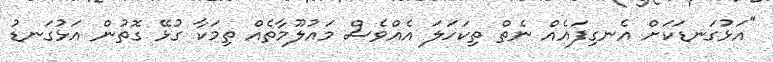
"އަޅުގަނޑަކަށް އެނގިފައެއް ނެތް ތިކަހަލަ އެއްވެސް މައުލޫމާތެއް ތިމަކާ ގުޅޭ ގޮތުން އަޅުގަނޑު